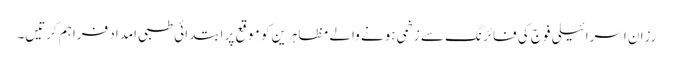
رزان اسرائیلی فوج کی فائرنگ سے زخمی ہونے والے مظاہرین کو موقع پر ابتدائی طبی امداد فراہم کرتیں۔